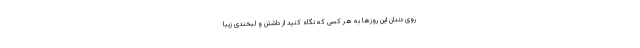
روی دندان این روزها به هر کسی که نگاه کنید از داشتن و لبخندی زیبا